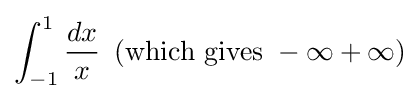
\int _{-1}^{1}{\frac {dx}{x}}{\ }\left({\mbox{which}}\ {\mbox{gives}}\ -\infty +\infty \right)